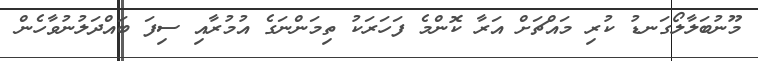
މޫނުބަލާލޯގަނޑު ކުރި މައްޗަށް އަރާ ކޮންމެ ފަހަރަކު ތިމަންނަގެ އުމުރާއި ސިފަ ބައްދަލުނުވާހެން